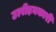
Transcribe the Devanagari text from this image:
उत्पीड़नकारी